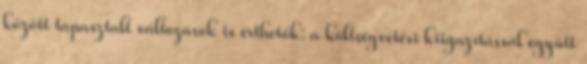
között tapasztalt változások is érthetők: a költségvetési kiigazítással együtt